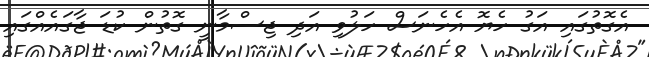
އެގޮތުގައި އަގު ހެޔޮ އެހެނަސް ހަލުވި އަދި ޖިސްމާނީ ގޮތުން ކުޑަ ޖާގައެއްގައި